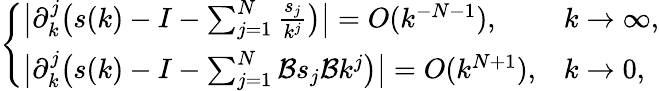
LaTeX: \begin{array}{r}{\left\{ \begin{array}{ll}{\big|\partial_{k}^{j}\big(s(k)-I-\sum_{j=1}^{N}\frac{s_{j}}{k^{j}}\big)\big|=O(k^{-N-1}),}&{k\to\infty,}\\ {\big|\partial_{k}^{j}\big(s(k)-I-\sum_{j=1}^{N}\mathcal{B}s_{j}\mathcal{B}k^{j}\big)\big|=O(k^{N+1}),}&{k\to 0,}\end{array}\right.}\end{array}